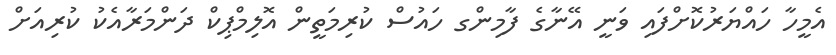
އެމީހާ ހައްޔަރުކޮށްފައި ވަނީ އޭނާގެ ފާމިންގ ހައުސް ކުރިމަތީން އޮލިމްޕިކް ދަންމަރާއެކު ކުރިއަށް